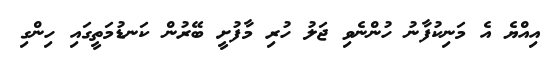
އިއްޔެ އެ މަނިކުފާނު ހުންނެވި ޖަލު ހުރި މާފުށީ ބޭރުން ކަނޑުމަތީގައި ހިންގި